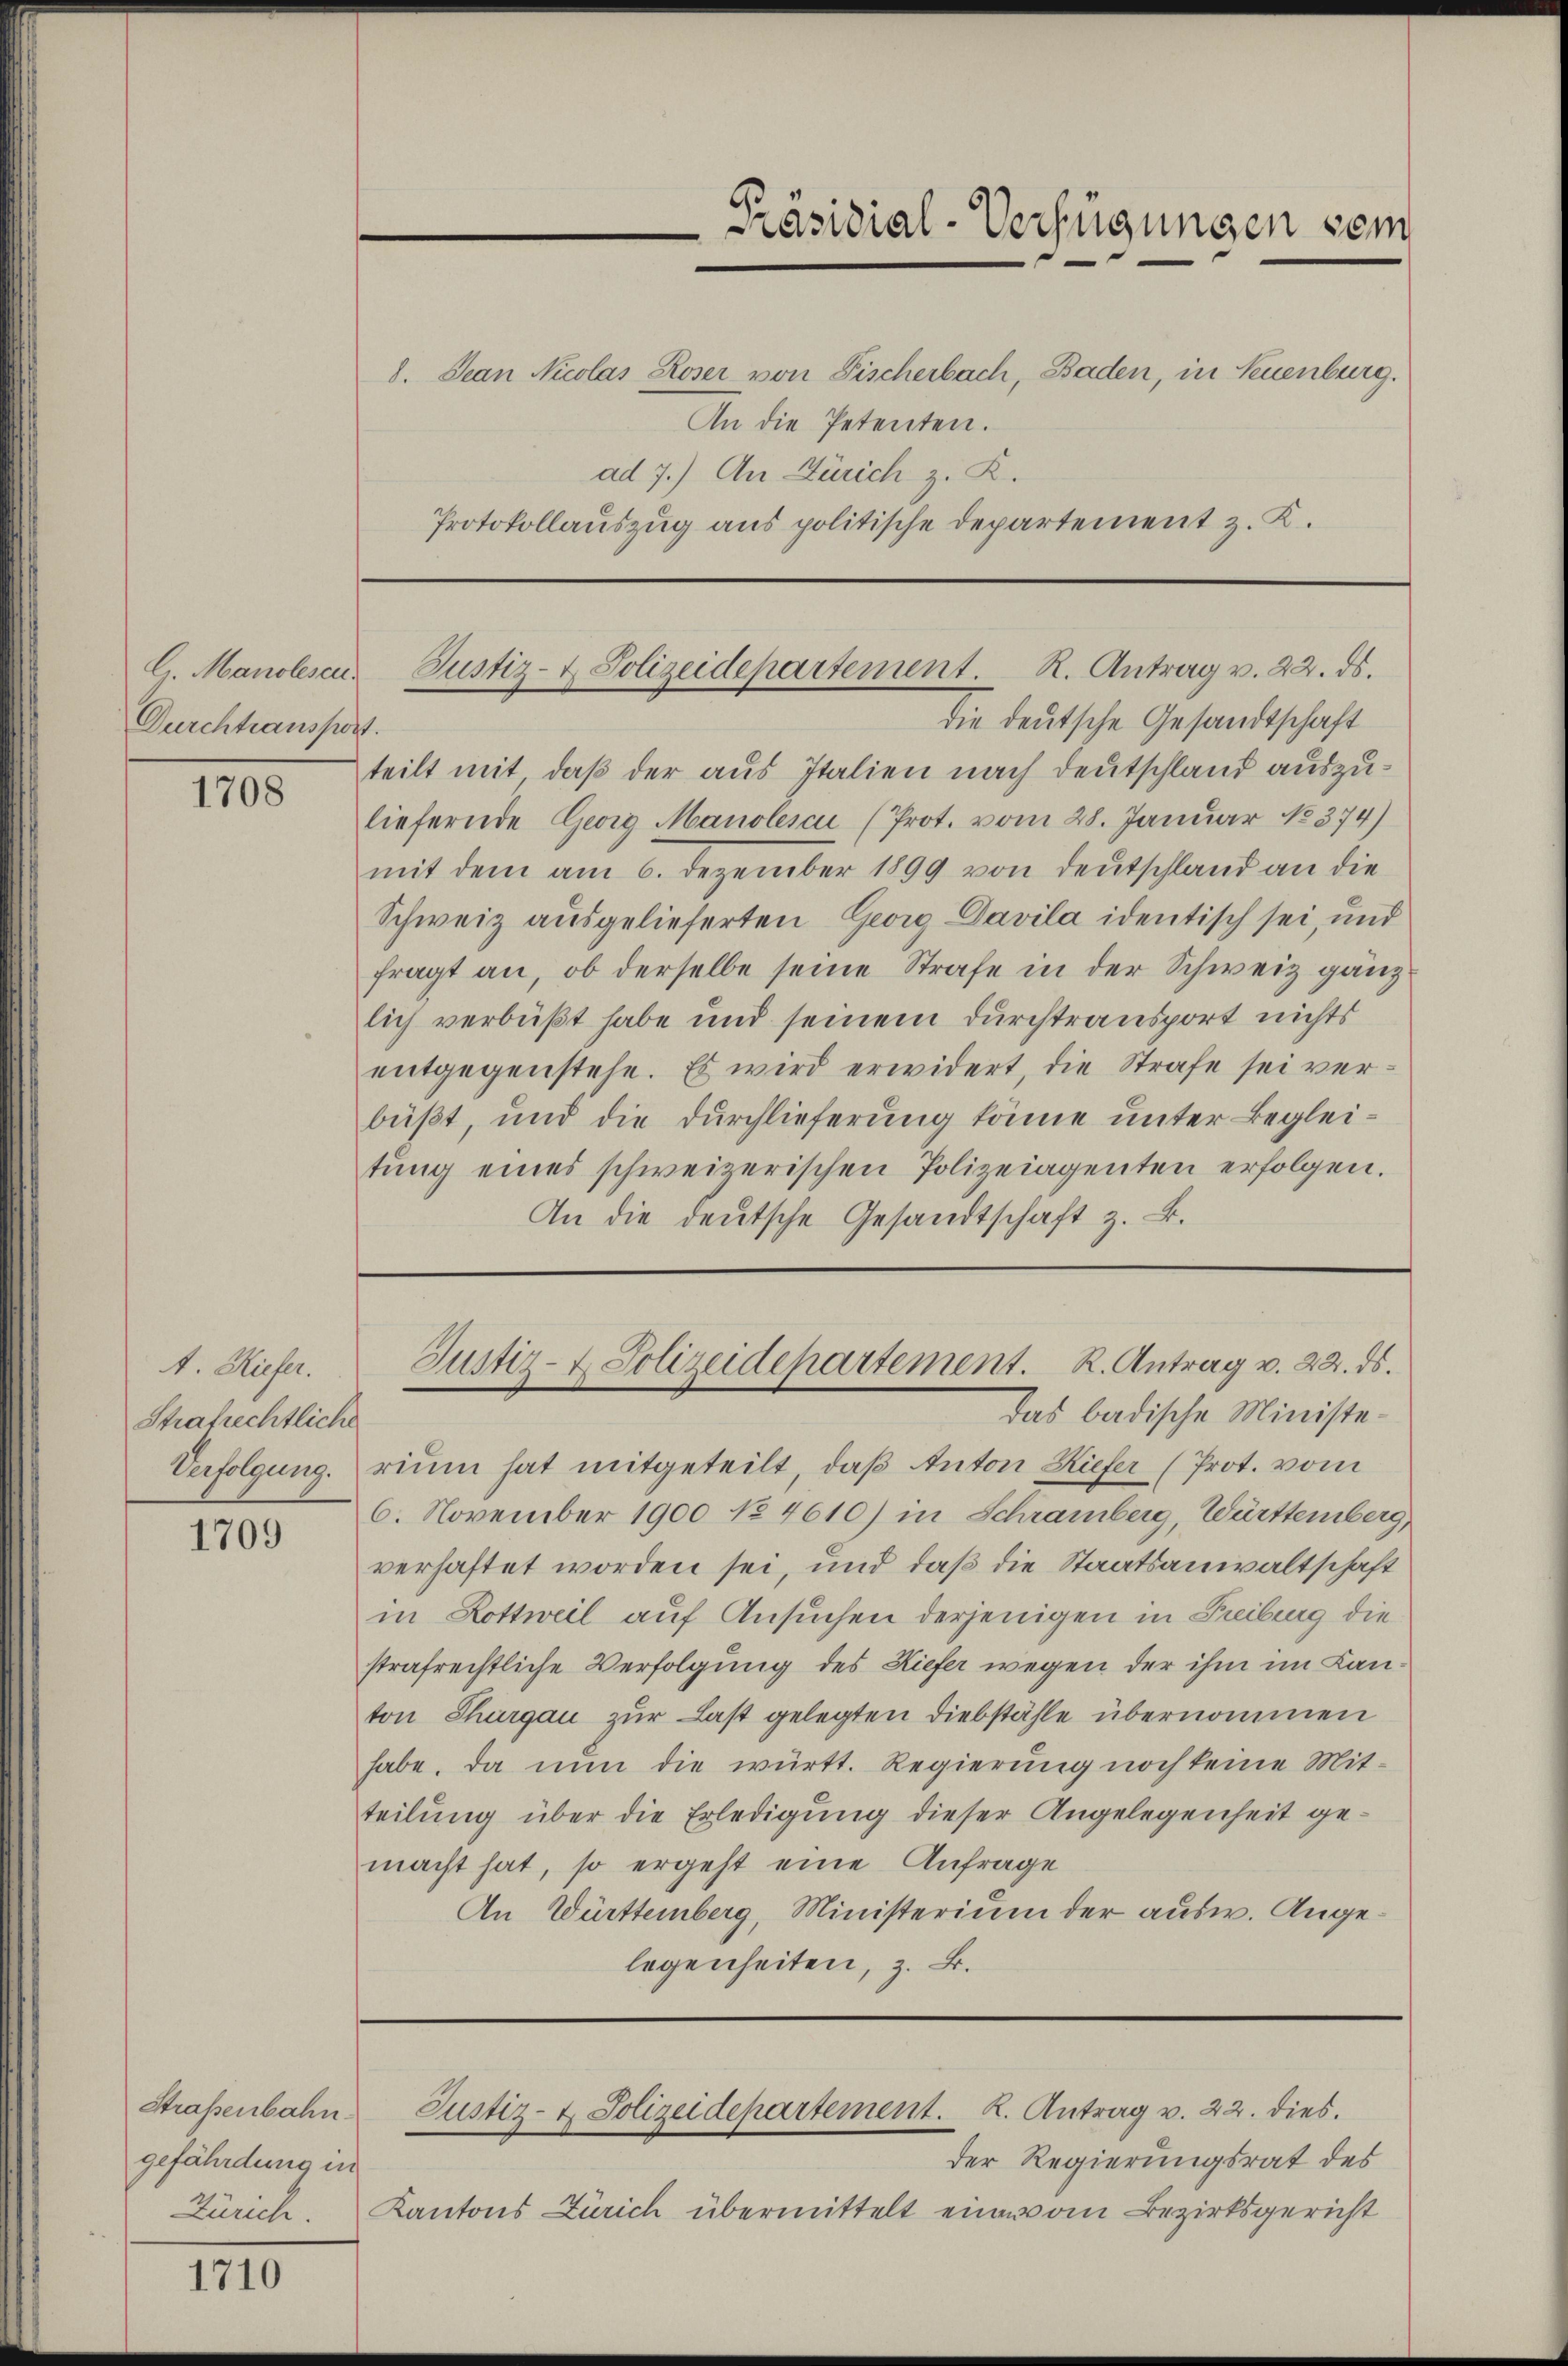
Manolesen.
Durchtransport.

1708

A. Hiefer.
Strafrechtliche
Verfolgung.

1709

Straßenbahn.
gefährdung in
Zürich.

1710

1. Dean Nicolas Roser von Fischerbach, Baden, in Neuenburg.
An die Petenten.
ad 7.) An Zürich z. K.
Protokollauszug aus politische Departement z. K.

Präsidial-Verfügungen sein

Justiz- & Polizeidepartement. R. Antrag v. 22. ds.

die deutsche Gesandtschaft
teilt mit, daß der aus Italien nach Deutschland auszuliefernde Georg Manolescui (Prot. vom 28. Januar No 374)
mit dem am 6. Dezember 1899 von Deutschland an die
Schweiz ausgelieferten Georg Davila identisch sei, und
fragt an, ob derselbe seine Strafe in der Schweiz gänzlich verbüßt habe und seinem Durchtransport nichts
entgegenstehe. Es wird erwidert, die Strafe sei verbüßt, und die Durchlieferung könne unter Begleitŭng eines schweizerischen Polizeiagenten erfolgen.
An die deutsche Gesandtschaft z. B.

rium hat mitgeteilt, daß Anton Kiefer (Prot. vom
6. November 1900 No. 4610) in Schramberg, Württemberg,
verhaftet worden sei, und daß die Staatsanwaltschaft
in Hottweil auf Ansuchen derjenigen in Freiburg die
strafrechtliche Verfolgung des Kiefer wegen der ihm im Lanton Thurgau zur Last gelegten Diebstähle übernommen
habe, da nun die württ. Regierung noch keine Mit-
teilung über die Erledigung dieser Angelegenheit gemacht hat, so ergeht eine Anfrage
An Württemberg, Ministerium der ausw. Angelegenheiten, z. B.

Justiz- & Polizeidepartement. R. Antrag v. 22. ds.
Das badische Ministe¬

der Regierungsrat des
Kantons Zürich übermittelt eine vom Bezirksgericht

Justiz- & Polizeidepartement. K. Antrag v. 22. dies